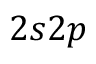
2 s 2 p